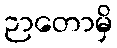
ဉာတောမှိ